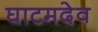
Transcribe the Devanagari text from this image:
घाटमदेव